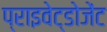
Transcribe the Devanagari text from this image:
प्राइवेट्डोजेंट